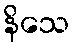
နိသေ